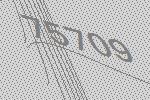
75709